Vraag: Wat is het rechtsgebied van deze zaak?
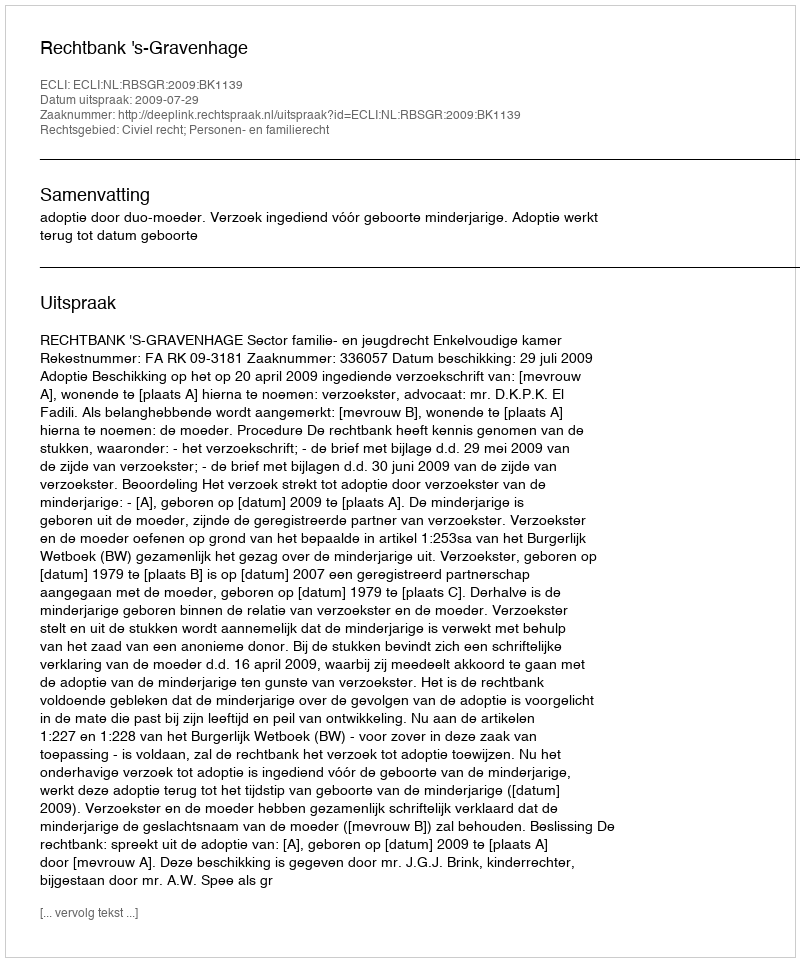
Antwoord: Civiel recht; Personen- en familierecht